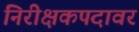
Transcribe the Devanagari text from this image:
निरीक्षकपदावर